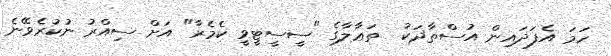
ހަމަ އެފަދައިން އުސްތާޛަކު  ތަޢާލާގެ "ސީސީޓީވީ ކެމެރާ" އަށް ސިއްރު ނުކުރެވޭނެ